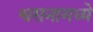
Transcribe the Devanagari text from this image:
श्वसनामध्ये